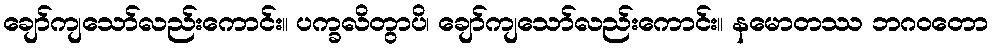
ချော်ကျသော်လည်းကောင်း။ ပက္ခလိတွာပိ၊ ချော်ကျသော်လည်းကောင်း။ နမောတဿ ဘဂဝတော